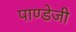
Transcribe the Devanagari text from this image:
पाण्डेजी